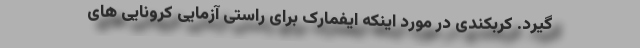
‌گیرد. کربکندی در مورد اینکه ایفمارک برای راستی آزمایی کرونایی های